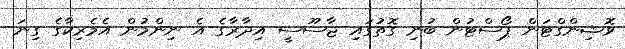
ވޮޝިންގްޓަން ޕޯސްޓުން ބުނި ގޮތުގައި ޖާސޫސީ އިދާރާގެ އެ ނިންމުން އެމެރިކާގެ ގިނަ